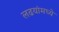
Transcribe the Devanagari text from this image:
लढयांमध्ये